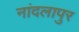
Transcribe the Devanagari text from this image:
नांदलापुर